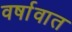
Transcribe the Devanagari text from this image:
वर्षावात